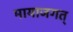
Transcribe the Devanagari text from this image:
मायाजगत्